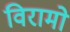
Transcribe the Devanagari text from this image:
विरामो